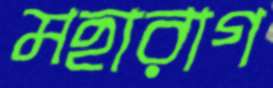
মহারাগ